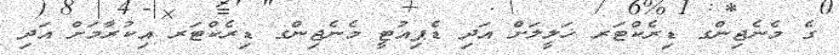
ގެ މެނެޖިންގ ޑިރެކްޓަރ ޚަލީލަށް އަދި ޑެޕިއުޓީ މެނެޖިންގ ޑިރެކްޓަރ އިކުރާމަށް އަދި